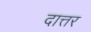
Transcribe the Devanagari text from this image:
दात्तर